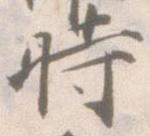
時